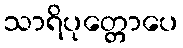
သာရိပုတ္တောပေ